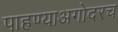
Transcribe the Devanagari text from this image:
पाहण्याअगोदरच